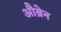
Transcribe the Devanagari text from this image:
औब्रेन